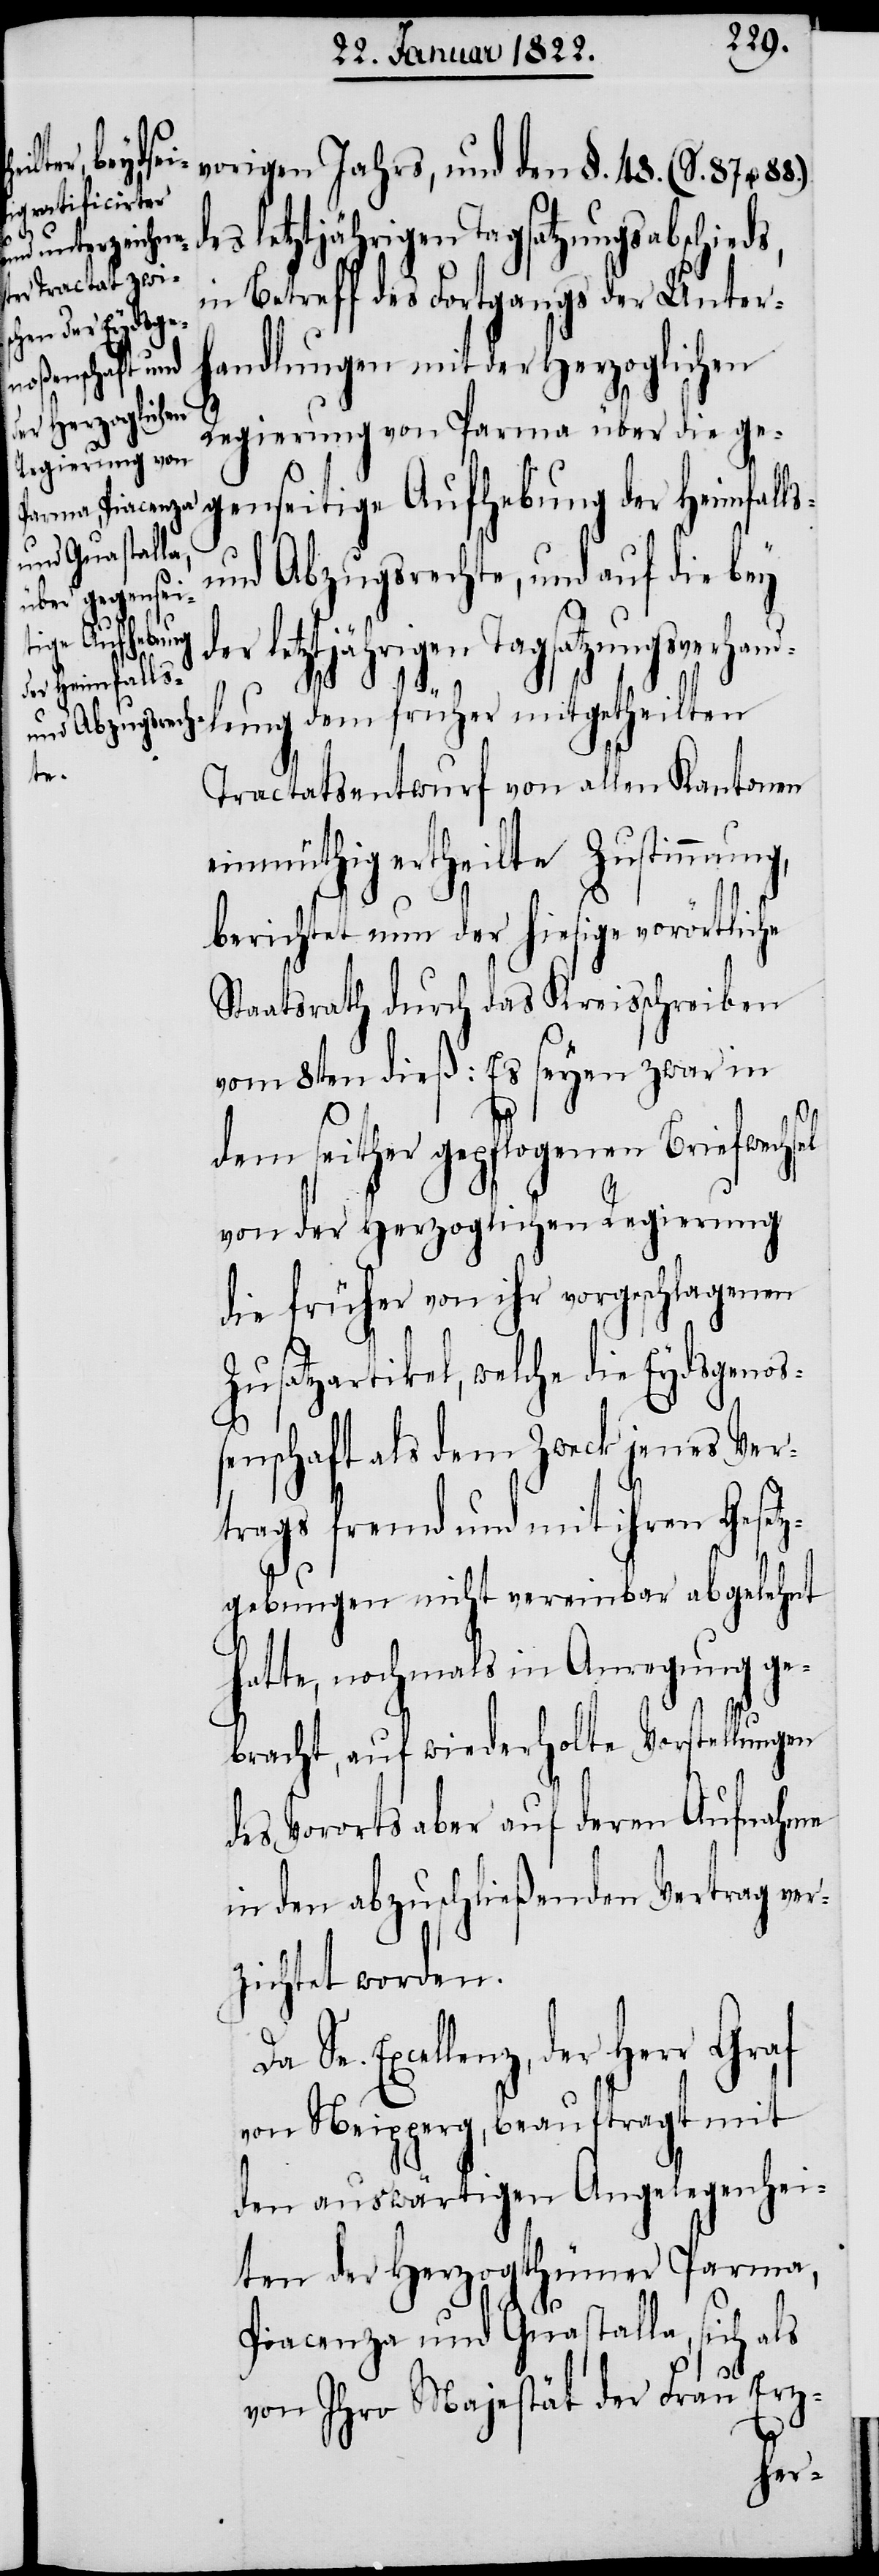
gensei¬
vorigen Jahres, und den §. 48. (S. 87 u.
es letztjährigen Tagsatzungsabschied¬
in Betreff des Fortgangs der Unter¬
handlungen mit der Herzoglichen
sel
Regierung von Parma über die ge¬
und Abzugsrechte, und auf die bey
tige Aufhebung
der letztjährigen Tagsatzungsverhan¬
d¬
er Heimfalls-
dlung dem früher mitgetheilten
Tractatsentwurf von allen Kantonen
einmüthig ertheilte Zustimmung,
berichtet nun der hiesige vorörtliche
Staatsrath durch das Kreisschreiben
vom 8ten dieß: Es seyen zwar in
dem seither gepflogenen Briefwech¬
von der Herzoglichen Regierung
die früher von ihr vorgeschlagenen
Zusatzartikel, welche die Eydsgenoß¬
enschaft als dem Zweck jenes Ver¬
trags fremd und mit ihren Gesetz¬
gebungen nicht vereinbar abgelehnt
hatte, nochmals in Anregung ge¬
bracht, auf wiederholte Vorstellungen
des Vororts aber auf deren Aufnahme
in den abzuschließenden Vertrag ver¬
zichtet worden.
Excellenz, der Herr Graf
von Neipperg, beauftragt mit
den auswärtigen Angelegenhei¬
ten der Herzogthümer Parma,
Piacenza und Guastalla, sich als
von Ihro Majestät der Frau Erz-